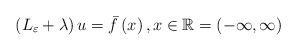
LaTeX: \begin{align*}\left( L_{\varepsilon }+\lambda \right) u=\bar{f}\left( x\right) ,x\in \mathbb{R}=\left( -\infty ,\infty \right) \end{align*}